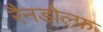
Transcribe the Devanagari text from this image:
रैनडोल्फ